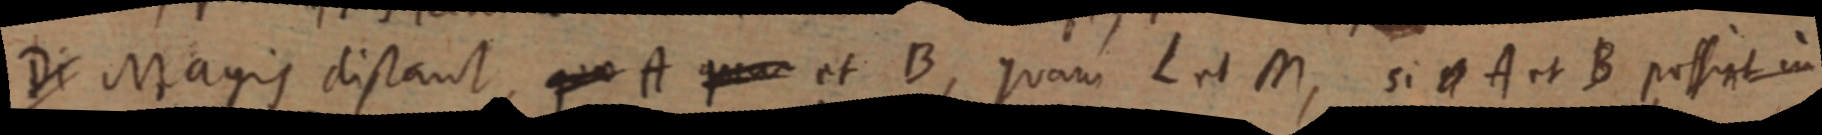
Di Magis distant quo A qua et B, quam L et M, si A et B possint in